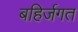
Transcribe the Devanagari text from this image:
बहिर्जगत